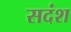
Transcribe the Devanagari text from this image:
सदंश